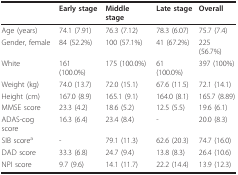
|  | Early stage | Middle stage | Late stage | Overall |
 | --- | --- | --- | --- | --- |
 | Age (years) | 74.1 (7.91) | 76.3 (7.12) | 78.3 (6.07) | 75.7 (7.4) |
 | Gender, female | 84 (52.2%) | 100 (57.1%) | 41 (67.2%) | 225 (56.7%) |
 | White | 161 (100.0%) | 175 (100.0%) | 61 (100.0%) | 397 (100%) |
 | Weight (kg) | 74.0 (13.7) | 72.0 (15.1) | 67.6 (11.5) | 72.1 (14.1) |
 | Height (cm) | 167.0 (8.9) | 165.1 (9.1) | 164.0 (8.1) | 165.7 (8.89) |
 | MMSE score | 23.3 (4.2) | 18.6 (5.2) | 12.5 (5.5) | 19.6 (6.1) |
 | ADAS-cog score | 16.3 (6.4) | 23.4 (8.4) | - | 20.0 (8.3) |
 | SIB scorea | - | 79.1 (11.3) | 62.6 (20.3) | 74.7 (16.0) |
 | DAD score | 33.3 (6.8) | 24.7 (9.4) | 13.8 (8.3) | 26.4 (10.6) |
 | NPI score | 9.7 (9.6) | 14.1 (11.7) | 22.2 (14.4) | 13.9 (12.3) |